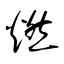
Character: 燃